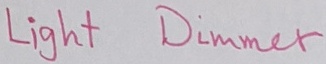
Text: Light Dimmer